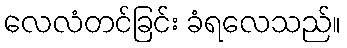
လေလံတင်ခြင်း ခံရလေသည်။